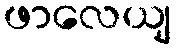
ဖာလေယျ